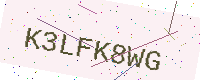
Text: K3LFK8WG